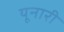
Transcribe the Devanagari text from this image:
यूनारी